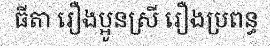
ធីតា រឿងប្អូនស្រី រឿងប្រពន្ធ